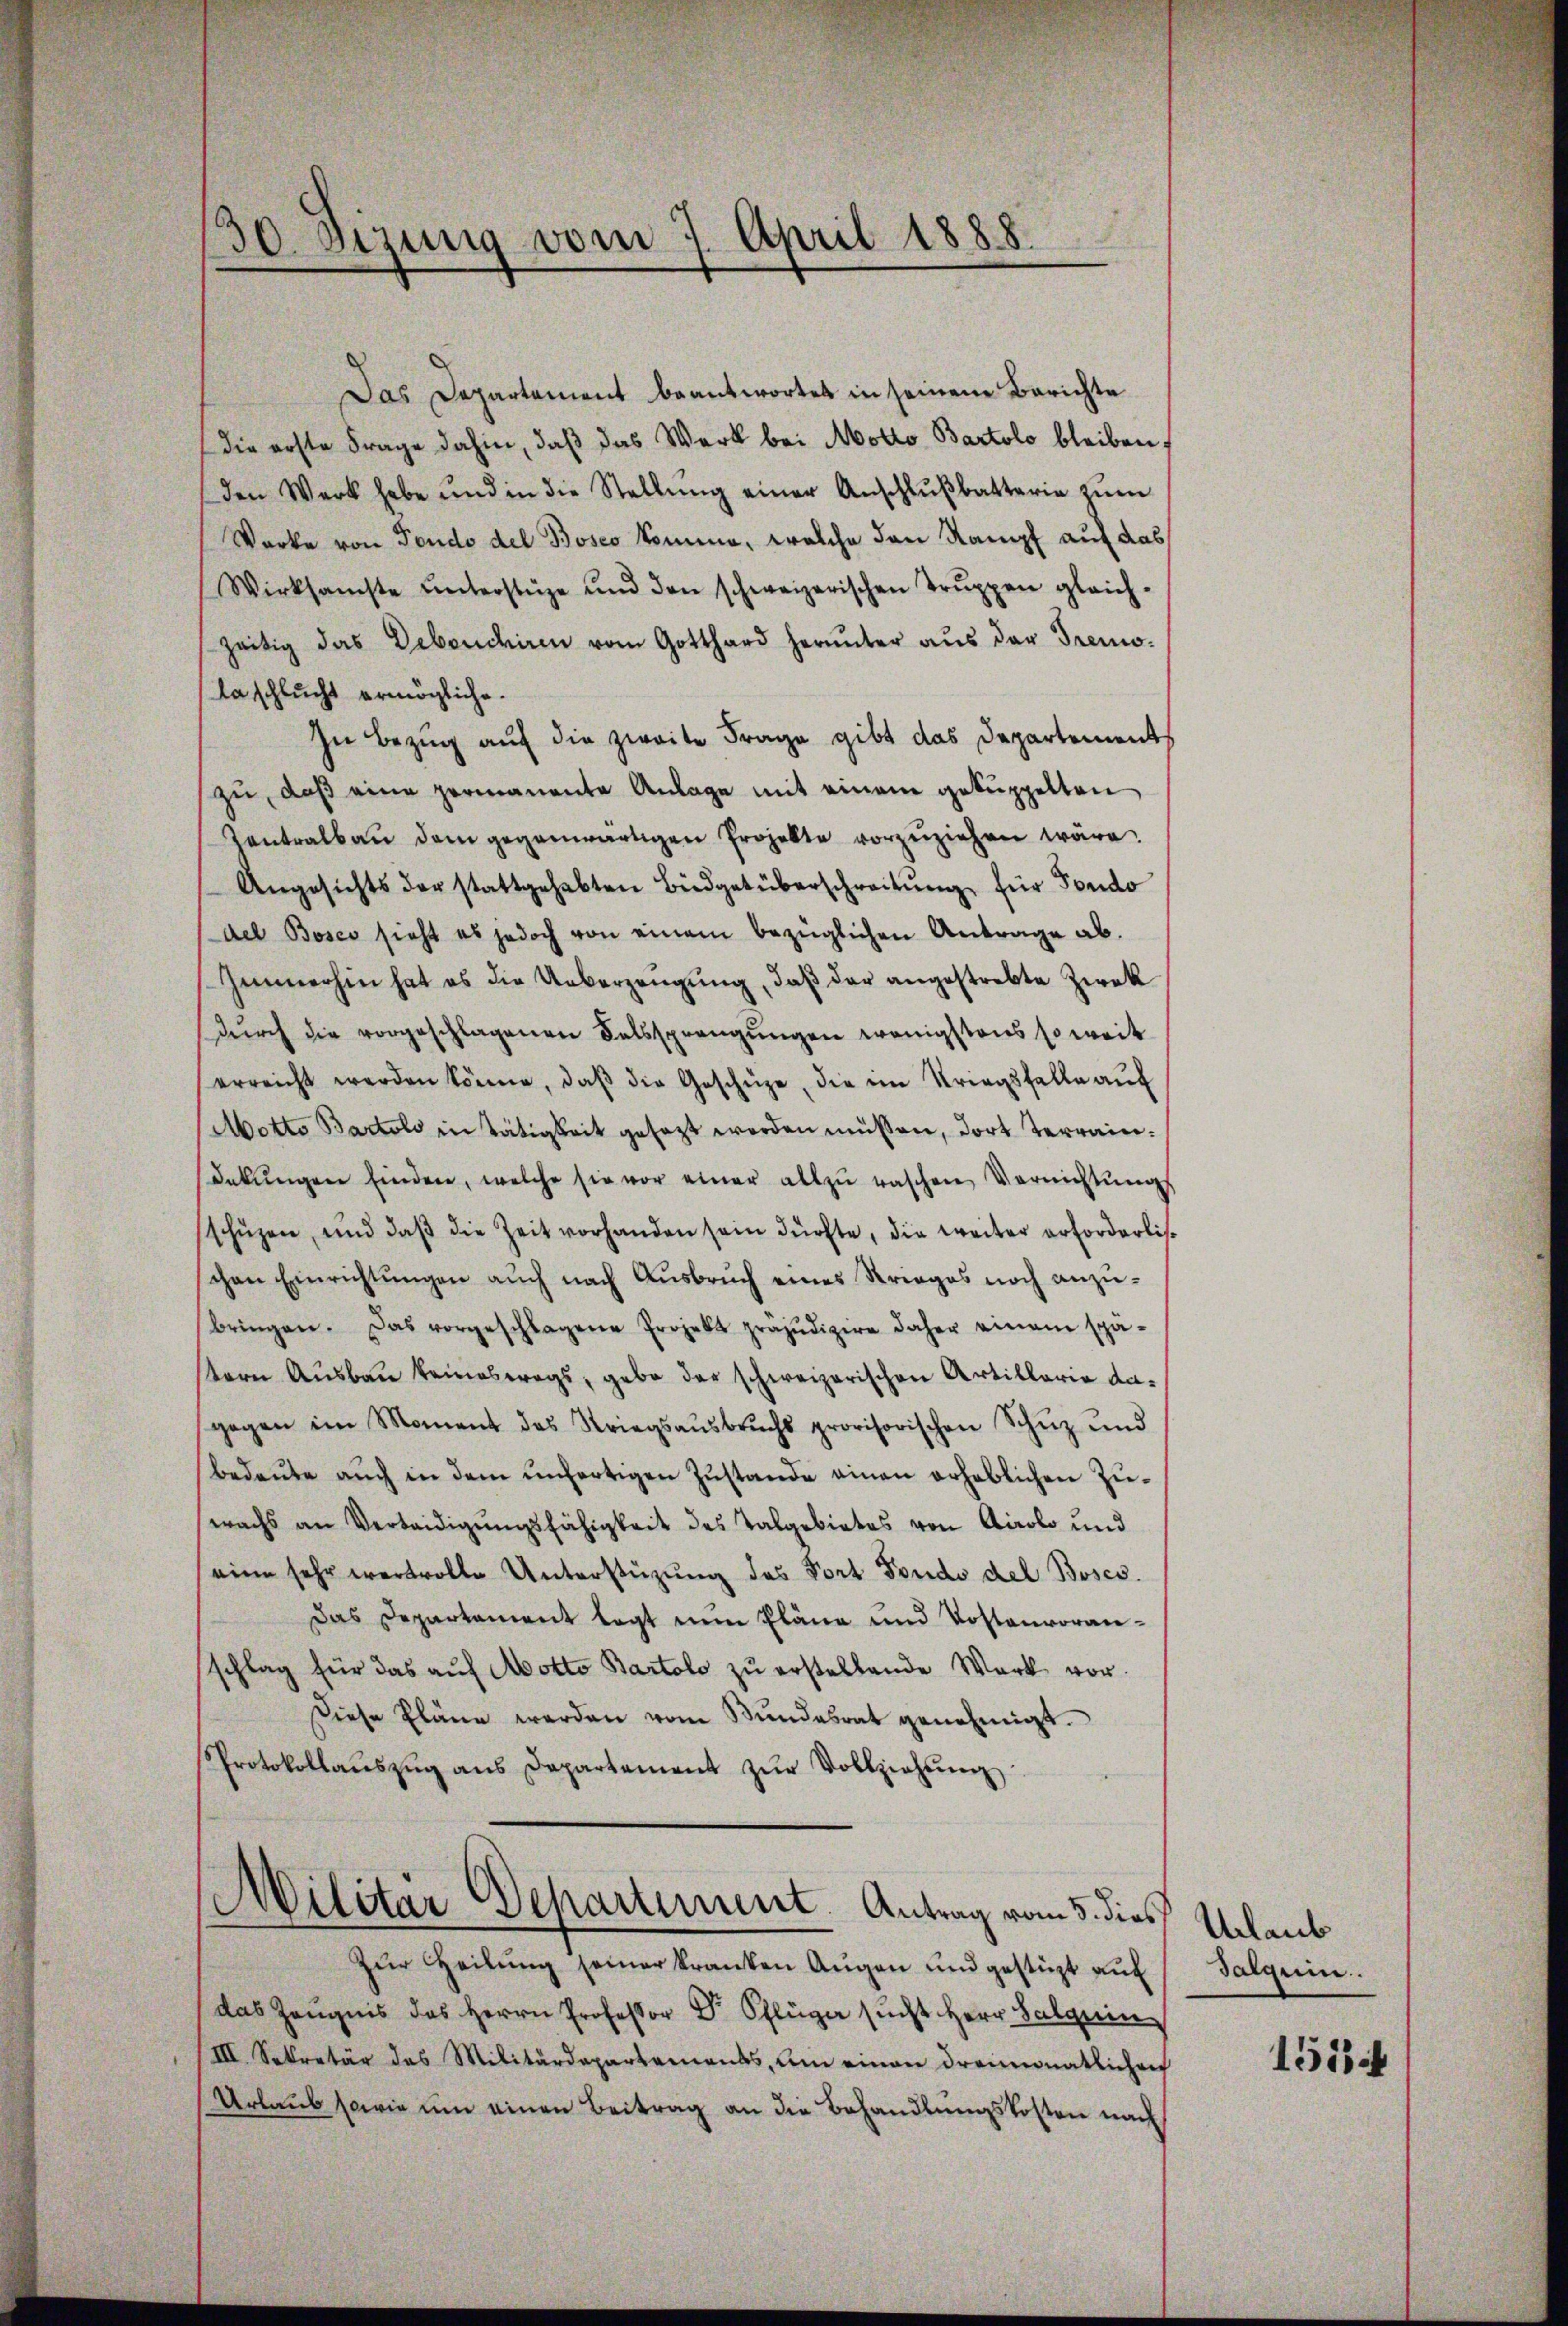
30 Szung vom 7. April 1888

Das Departement beantwortet in seinem Berichte
die erste Frage dahin, daß das Werk bei Motto Bartolo bleiben
den Werk habe und in die Stellŭng einer Anschlŭβbatterie zŭm
Warke von Fondo del Bosco komme, welche den Kampf auf das
Wirksamste ŭnterstüze und den schweizerischen Trŭppen gleich-
zeitig das Debendiren vom Gotthard herunter aŭs der Tremo-
laschlucht ermögliche.
In Bezug auf die zweite Frage gibt das Departements
zu, daβ eine permanente Anlage mit einem geküppelten
Contralbaŭ dem gegenwärtigen Projekte vorzŭziehen wäre.
Angesichts der stattgehabten Büdgetüberschreitŭng für Fondo
del Bosco sieht es jedoch von einem bezüglichen Antrage ab.
Immerhin hat es die Ueberzeugung, daß der angestrebte Zwek
dŭrch die vorgeschlagenen Falssprangŭngen wenigstens so weit
erreicht werden könne, daβ die Geschüze, die ein Striegsfalle auf
Motto Bartolo in Tätigkeit gesezt werden müssen, dort Terrain¬
Dekŭngen finden, welche sie vor einer allzŭ raschen Vernichtŭngs
schüzen, und daβ die Zeit vorhanden sein dürfte, die weiter erforderlischen Einrichtungen auch nach Ausbruch eines Krieges noch anzubringen. Das vorgeschlagene Projekt präjudizire daher einem spä-
stern Aŭsbaŭ keineswegs, gebe der schweizerischen Artillario dagegen im Moment des Striegsaŭsbrŭchs provisorischen Schŭz und
bedeute auch in dem unfertigen Zustande einen erheblichen Zuwachs an Verteidigungsfähigkeit des Talgebietes von Airolo und
eine sehr wertvolle Unterstüzung des Fort Fondo del Boscs.
Das Departement legt nun Pläne und Kostenvoranschlag für das aŭf Aotto Bartolo zŭ erstellende Werk vor¬
Diese Pläne werden vom Bŭndesrat genehmigt.
Protokollaŭszŭg ans Departement zŭr Vollziehŭng
Militär Departement. Antrag vom 5. dies
Zur Heilung seiner kranken Augen und gestüzt auf
das Zeugnis das Herrn Professor Dr. Pflüge sucht Herr Salquin
III. Sekretär das Militärdepartements, um einen dreimonatlichen
Urlaub sowie um einen Beitrag an die Behandlungskosten nach

Urlaub
Galquin.
1513